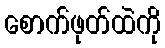
စောက်ဖုတ်ထဲကို